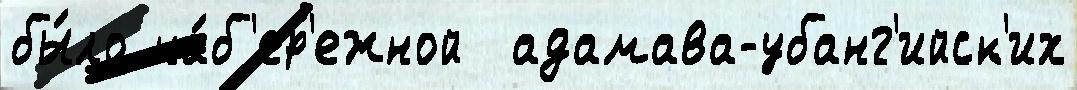
бы́ло на́б'ер'ежной  адамава-убанг'ийск'их